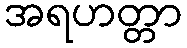
အရဟတ္တာ